Scientific memoirs by medical officers of the Army of India - Part IX,
Year: 1895
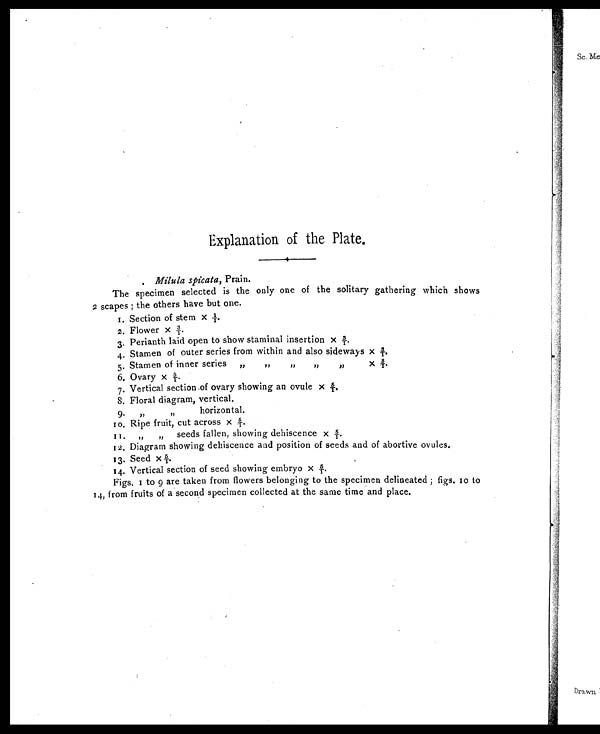
Explanation of the Plate.
Milula spicata, Prain.
The specimen selected is the only one of the solitary gathering which shows
2 scapes ; the others have but one.
1. Section of stem x 1/1.
2.
Flower x 3/1.
3.
Perianth laid open to show staminal insertion x 3/1.
4.
Stamen of outer series from within and also sideways x 3/1.
5.
Stamen of inner series
„
,,
,,
,,
,,
X 3/1.
6.
Ovary x 5/1.
7.
Vertical section of ovary showing an ovule x 5/1.
8.
Floral diagram, vertical.
9.
,, ,, horizontal.
10.
Ripe fruit, cut across x 5/1.
11.
,, ,, seeds fallen, showing dehiscence x 5/1.
12. Diagram showing dehiscence and position of seeds and of abortive ovules.
13. Seed x 5/1.
14. Vertical section of seed showing embryo x 5/1.
Figs. 1 to 9 are taken from flowers belonging to the specimen delineated ; figs. 10 to
14, from fruits of a second specimen collected at the same time and place.